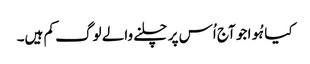
کیا ہُوا جو آج اُس پر چلنے والے لوگ کم ہیں۔